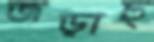
জড়াচ্